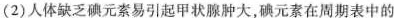
(2)人体缺乏碘元素易引起甲状腺肿大，碘元素在周期表中的